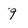
Character: 9